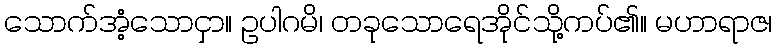
သောက်အံ့သောငှာ။ ဥပါဂမိ၊ တခုသောရေအိုင်သို့ကပ်၏။ မဟာရာဇ၊